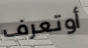
أوتعرف